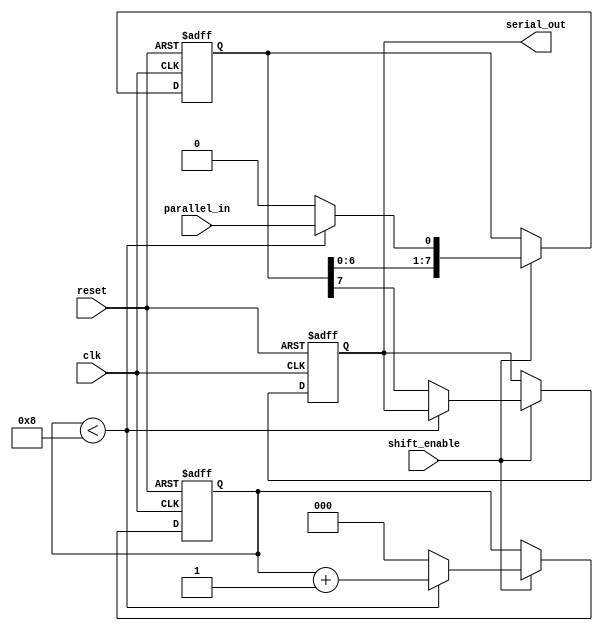
module parallel_in_serial_out (
  input wire clk,
  input wire reset,
  input wire shift_enable,
  input wire parallel_in,
  output reg serial_out
);

reg [7:0] register;
reg [2:0] shift_counter;

always @(posedge clk or posedge reset) begin
  if (reset) begin
    register <= 8'b0;
    shift_counter <= 3'b0;
    serial_out <= 1'b0;
  end else begin
    if (shift_enable) begin
      if (shift_counter < 8) begin
        register <= {register[6:0], parallel_in};
        shift_counter <= shift_counter + 1;
      end else begin
        register <= {register[6:0], 1'b0};
        shift_counter <= 3'b0;
        serial_out <= register[7];
      end
    end
  end
end

endmodule